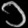
Digit: ၁